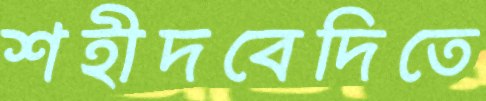
শহীদবেদিতে